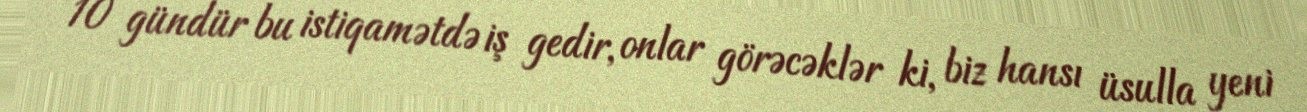
10 gündür bu istiqamətdə iş gedir, onlar görəcəklər ki, biz hansı üsulla yeni